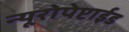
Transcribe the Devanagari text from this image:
न्यूरोपेप्टाईड